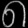
Digit: ၈